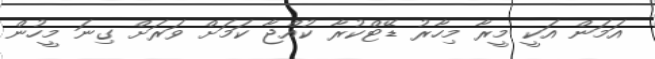
އަމަން އަކީ މީރާ މިހާރު ޑޭޓްކުރާ ކުއްޖާ ކަމަށް ވަރަށް ގިނަ މީހުން